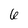
Character: 6